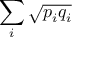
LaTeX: \sum _ { i } { \sqrt { p _ { i } q _ { i } } }